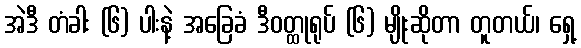
အဲဒီ တံခါး (၆) ပါးနဲ့ အခြေခံ ဒီဝတ္ထုရုပ် (၆) မျိုးဆိုတာ တူတယ်၊ ရှေ့